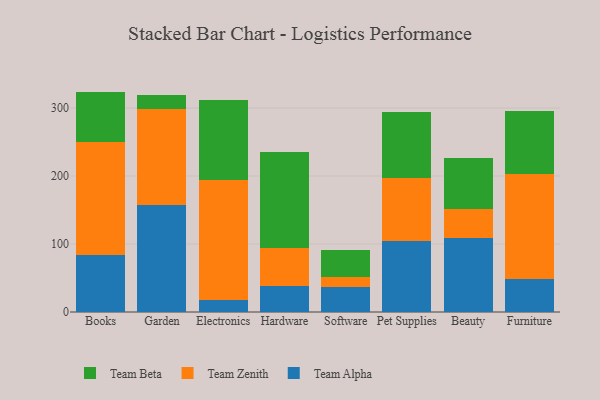
{"axis": {"x": "Category", "y": "Population (Million)"}, "legend": ["Team Alpha", "Team Beta", "Team Zenith"], "data": [{"x": "Books", "y": 84.1, "type": "Team Alpha"}, {"x": "Books", "y": 166.5, "type": "Team Zenith"}, {"x": "Books", "y": 73.6, "type": "Team Beta"}, {"x": "Garden", "y": 157.8, "type": "Team Alpha"}, {"x": "Garden", "y": 140.2, "type": "Team Zenith"}, {"x": "Garden", "y": 21.7, "type": "Team Beta"}, {"x": "Electronics", "y": 17.1, "type": "Team Alpha"}, {"x": "Electronics", "y": 177.3, "type": "Team Zenith"}, {"x": "Electronics", "y": 117.9, "type": "Team Beta"}, {"x": "Hardware", "y": 38.1, "type": "Team Alpha"}, {"x": "Hardware", "y": 56.3, "type": "Team Zenith"}, {"x": "Hardware", "y": 141.6, "type": "Team Beta"}, {"x": "Software", "y": 36.4, "type": "Team Alpha"}, {"x": "Software", "y": 15.8, "type": "Team Zenith"}, {"x": "Software", "y": 39.4, "type": "Team Beta"}, {"x": "Pet Supplies", "y": 105.0, "type": "Team Alpha"}, {"x": "Pet Supplies", "y": 91.7, "type": "Team Zenith"}, {"x": "Pet Supplies", "y": 98.1, "type": "Team Beta"}, {"x": "Beauty", "y": 109.4, "type": "Team Alpha"}, {"x": "Beauty", "y": 41.9, "type": "Team Zenith"}, {"x": "Beauty", "y": 75.2, "type": "Team Beta"}, {"x": "Furniture", "y": 49.0, "type": "Team Alpha"}, {"x": "Furniture", "y": 154.0, "type": "Team Zenith"}, {"x": "Furniture", "y": 92.5, "type": "Team Beta"}]}